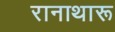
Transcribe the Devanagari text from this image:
रानाथारू